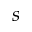
s